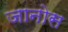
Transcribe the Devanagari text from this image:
जानोस